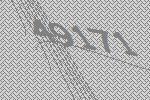
49171